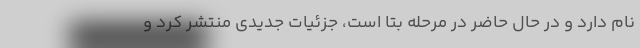
نام دارد و در حال حاضر در مرحله بتا است، جزئیات جدیدی منتشر کرد و